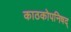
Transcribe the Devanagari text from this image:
काठकोपनिषद्